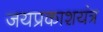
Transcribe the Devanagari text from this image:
जयप्रकाशयंत्र